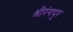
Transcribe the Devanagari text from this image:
श्रीरंगपुर